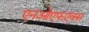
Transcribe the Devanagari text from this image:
एनओएफएक्स